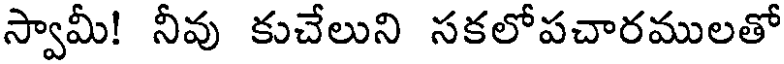
స్వామీ! నీవు కుచేలుని సకలోపచారములతో